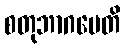
စတုဘာဂမေတိ